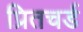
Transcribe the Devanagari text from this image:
प्रितचर्ड